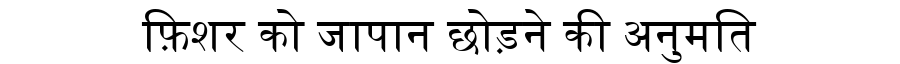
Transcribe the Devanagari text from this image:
फ़िशर को जापान छोड़ने की अनुमति